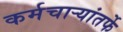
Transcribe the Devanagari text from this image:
कर्मचाऱ्यांतर्फे